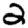
Digit: 2